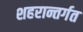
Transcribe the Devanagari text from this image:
शहरान्तर्गत